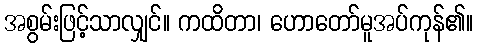
အစွမ်းဖြင့်သာလျှင်။ ကထိတာ၊ ဟောတော်မူအပ်ကုန်၏။